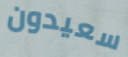
سعيدون